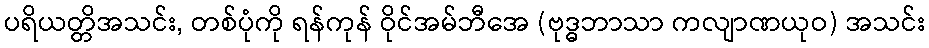
ပရိယတ္တိအသင်း, တစ်ပုံကို ရန်ကုန် ဝိုင်အမ်ဘီအေ (ဗုဒ္ဓဘာသာ ကလျာဏယုဝ) အသင်း